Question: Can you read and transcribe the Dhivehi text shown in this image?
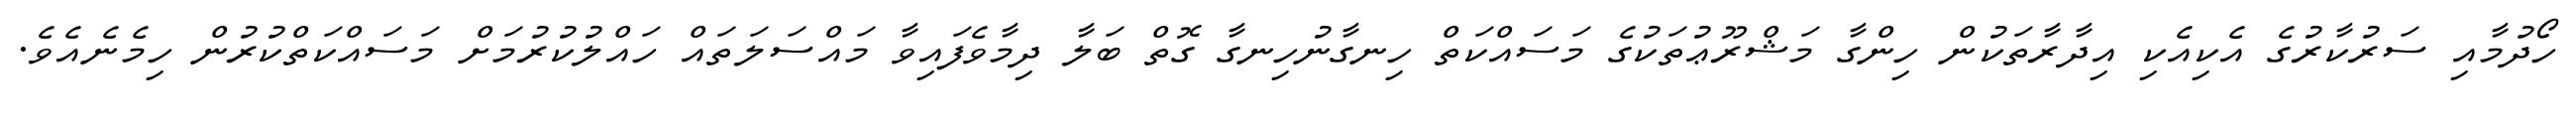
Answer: ހޯދުމާއި ސަރުކާރުގެ އެކިއެކި އިދާރާތަކުން ހިންގާ މަޝްރޫޢުތަކުގެ މަސައްކަތް ހިނގާނުހިނގާ ގޮތް ބަލާ ދިމާވެފައިވާ މައްސަލަތައް ހައްލުކުރުމަށް މަސައްކަތްކުރުން ހިމެނެއެވެ.